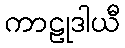
ကာဠုဒါယီ